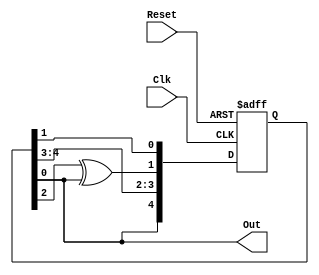
module LFSR_Internal(
	input Clk, Reset, 
	output Out
);
	reg [4:0] s;
	assign Out = s[0];
	
	always @(posedge Clk or posedge Reset) begin
		if (Reset) begin
			s <= 5'b10101;
		end
		else begin
			s <= {s[0],s[4], s[3], s[2]^s[0], s[1]};
		end
	end

endmodule